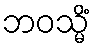
ဘဝသ္မိံ